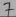
Text: 7